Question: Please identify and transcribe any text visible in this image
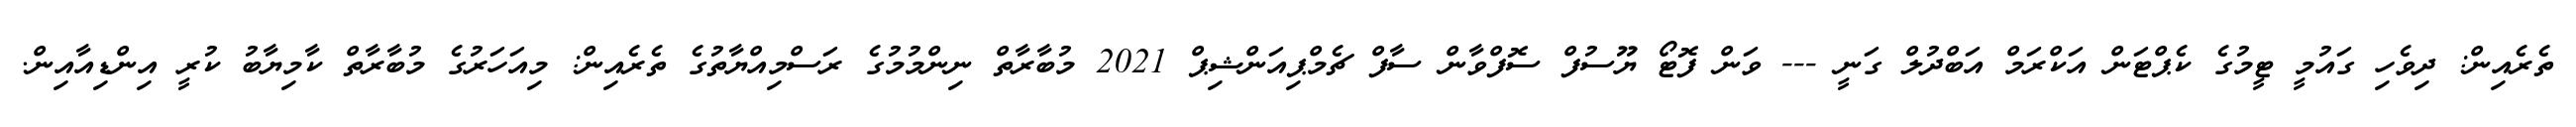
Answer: ތެރެއިން: ދިވެހި ގައުމީ ޓީމުގެ ކެޕްޓަން އަކްރަމް އަބްދުލް ގަނީ --- ވަން ފޮޓޯ ޔޫސުފް ސޮފްވާން ސާފް ޗެމްޕިއަންޝިޕް 2021 މުބާރާތް ނިންމުމުގެ ރަސްމިއްޔާތުގެ ތެރެއިން: މިއަހަރުގެ މުބާރާތް ކާމިޔާބު ކުރީ އިންޑިއާއިން.